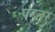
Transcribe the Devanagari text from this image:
परतर